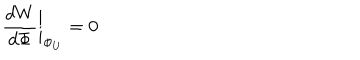
{ \frac { d W } { d \Phi } } \bigg | _ { \Phi _ { U } } = 0